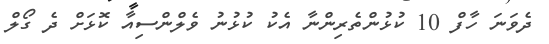
ދެވަނަ ހާފް 10 ކުޅުންތެރިންނާ އެކު ކުޅުނު ވެލްންސިއާ ކޮޅަށް ދެ ގޯލް